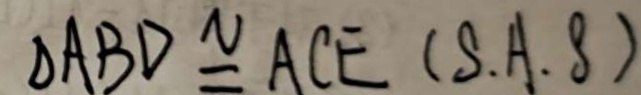
\Delta A B D \cong A C E ( S \cdot A \cdot B )